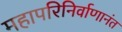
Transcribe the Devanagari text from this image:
महापरिनिर्वाणानंत